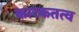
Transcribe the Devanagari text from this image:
कारकतत्व